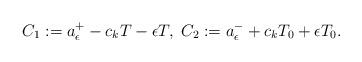
LaTeX: \begin{align*}C_1:=a_\epsilon^+-c_kT-\epsilon T,\; C_2:=a_\epsilon^-+c_kT_0+\epsilon T_0.\end{align*}